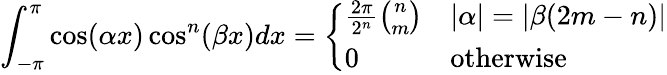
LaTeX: \int_{-\pi}^{\pi}\cos(\alpha x)\cos^{n}(\beta x)dx={\left\{ \begin{array}{ll}{{\frac{2\pi}{2^{n}}}{\binom{n}{m}}}&{|\alpha|=|\beta(2m-n)|}\\ {0}&{{\mathrm{otherwise}}}\end{array}\right.}